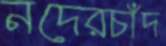
নদেরচাঁদ